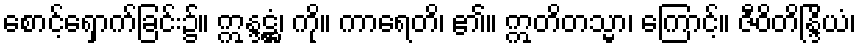
စောင့်ရှောက်ခြင်း၌။ ဣန္ဒဋ္ဌံ၊ ကို။ ကာရေတိ၊ ၏။ ဣတိတသ္မာ၊ ကြောင့်။ ဇီဝိတိန္ဒြိယံ၊